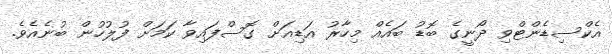
އެކްސިޑެންޓްވި ދޯނީގެ ބޮޑު ބައެއް މިހާރު އަޑިއަށް ގޮސްފައިވާ ކަމަށް ފުލުހުން ބުނެއެވެ.